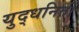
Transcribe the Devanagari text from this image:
युद्धनिती